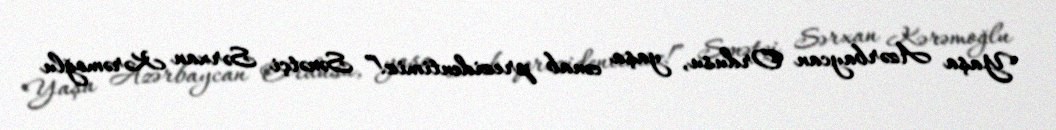
Yaşa Azərbaycan Ordusu, yaşa cənab prezidentimiz!” Sənətçi Sərxan Kərəmoğlu